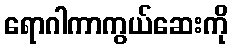
ရောဂါကာကွယ်ဆေးကို